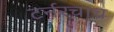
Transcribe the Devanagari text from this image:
टर्नरचाच